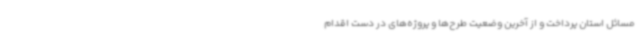
مسائل استان پرداخت و از آخرین وضعیت طرح‌ها و پروژه‌های در دست اقدام